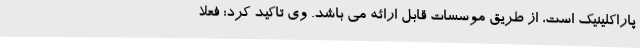
پاراکلینیک است، از طریق موسسات قابل ارائه می باشد. وی تاکید کرد: فعلا